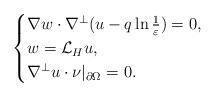
LaTeX: \begin{align*}\begin{cases}\nabla w\cdot \nabla^\perp(u-q\ln\frac{1}{\varepsilon})=0,\\w=\mathcal{L}_H u,\\\nabla^\perp u\cdot \nu|_{\partial \Omega}=0.\end{cases}\end{align*}